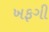
ખફગી